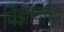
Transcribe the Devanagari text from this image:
विज्ञानांचा